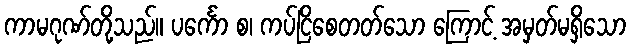
ကာမဂုဏ်တို့သည်။ ပင်္ကော စ၊ ကပ်ငြိစေတတ်သော ကြောင့် အမှတ်မရှိသော